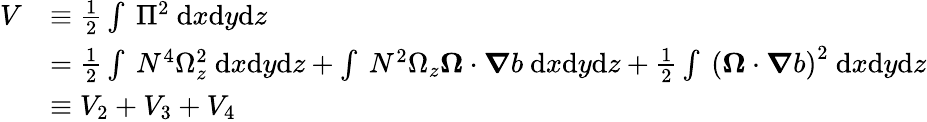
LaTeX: \begin{array}{rl}{V}&{\equiv\frac{1}{2}\int~\Pi^{2}~\mathrm{d}x\mathrm{d}y\mathrm{d}z}\\ &{=\frac{1}{2}\int~N^{4}\Omega_{z}^{2}~\mathrm{d}x\mathrm{d}y\mathrm{d}z+\int~N^{2}\Omega_{z}\boldsymbol{\Omega}\cdot\boldsymbol{\nabla}b~\mathrm{d}x\mathrm{d}y\mathrm{d}z+\frac{1}{2}\int~\left(\boldsymbol{\Omega}\cdot\boldsymbol{\nabla}b\right)^{2}~\mathrm{d}x\mathrm{d}y\mathrm{d}z}\\ &{\equiv V_{2}+V_{3}+V_{4}}\end{array}